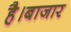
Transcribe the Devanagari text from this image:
है।बाजार